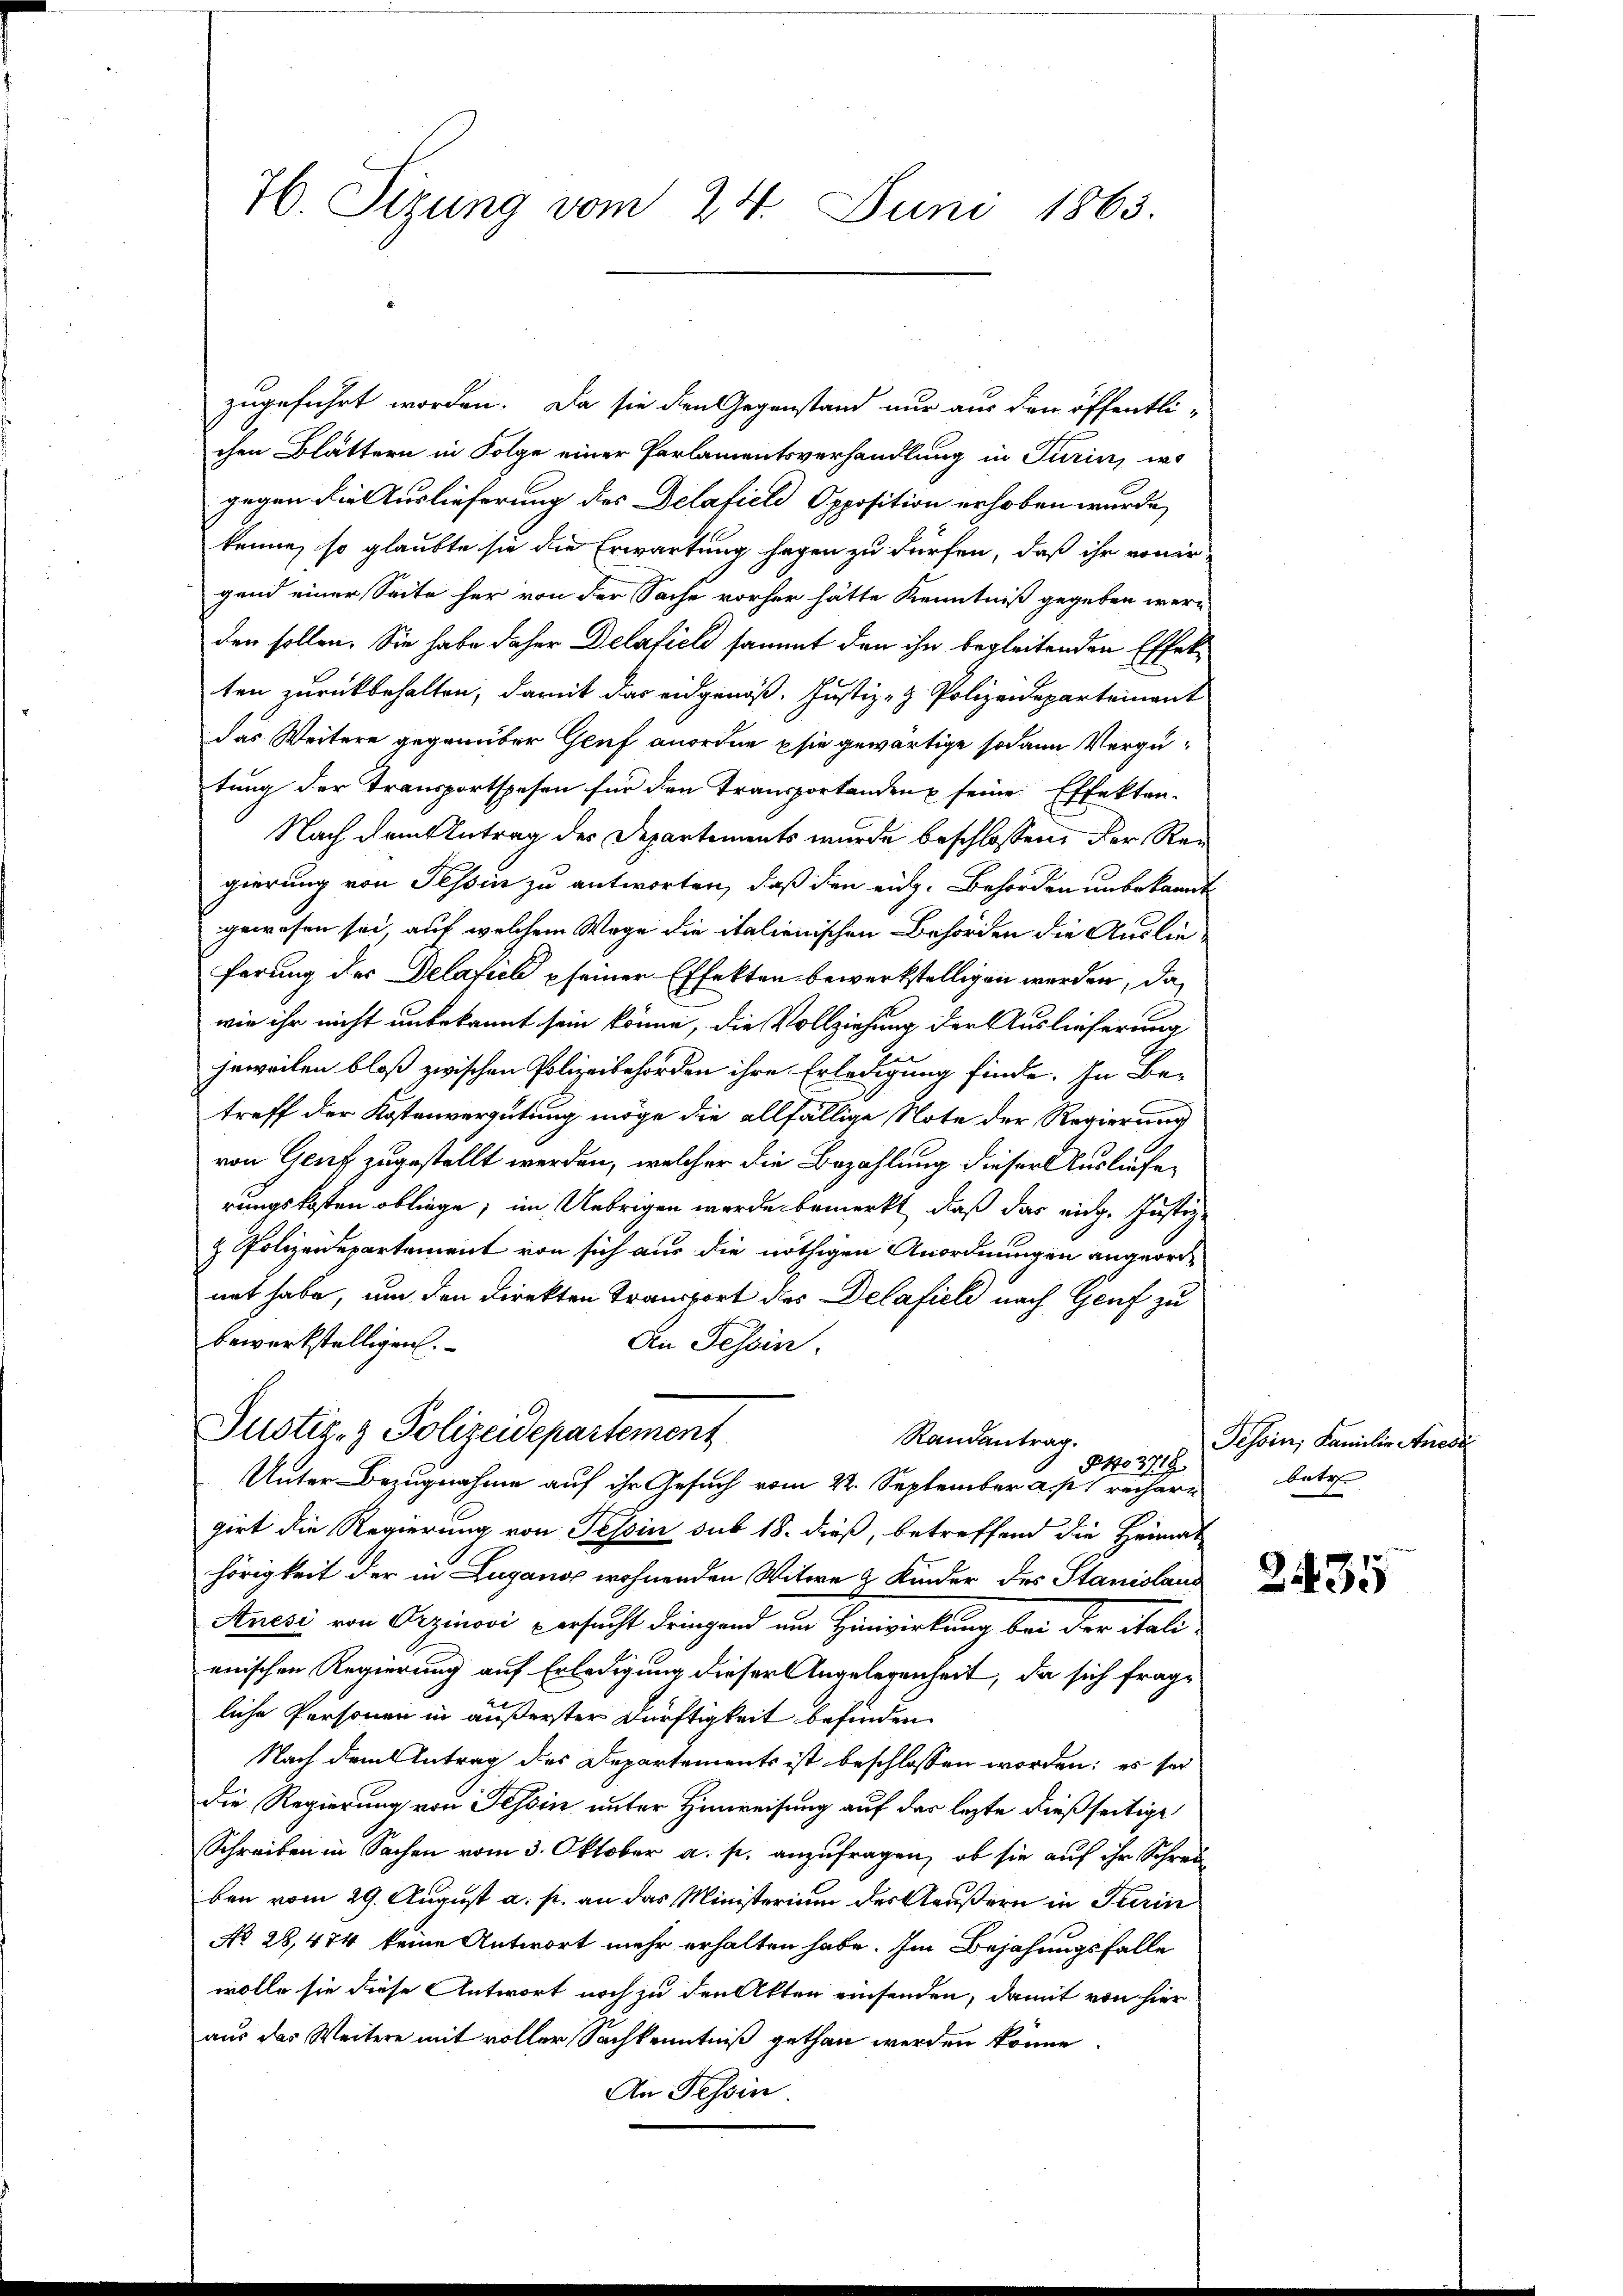
76. Sizung vom 24. Juni 1863.

zugeführt worden. Da sie den Gegenstand nur aus den öffentli-
chen Blättern in Folge einer Parlamentsverhandlung in Turin, wo
gegen die Auslieferung des Delafield Opposition erhoben wurde,
kenne, so glaubte sie die Erwartung sagen zu dürfen, daß ihr von ir
gend einer Seite her von der Sache vorher hätte Kenntniß gegeben werden sollen. Sie habe daher Delafiel sammt den ihn begleitenden Effekten zurückbehalten, damit das eidgenöß. Justiz- & Polizeidepartement
das Weitere gegenüber Glief anordne psie gewärtige sodann Vergütung der Transportspesen für den Transportanden seine Effekten-
Nach dem Antrag des Departements wurde beschlossen, der Regierung von Tessin zu antworten, daß den eidg. Behörden unbekannt
gewesen sei auf welchem Wage die italienischen Behörden die Auslieferung der Delatiel seiner Effekten bewerkstelligen werden, da
wie ihr nicht unbekannt sein könne, die Vollziehung der Auslieferung
jeweilen bloß zwischen Polizeibehörden ihre Erledigung finde. In Be-
treff der Kostenvergütung möge die allfällige Note der Regierung
von Genf zugestellt werden, welcher die Bezahlung dieser Auslieferungskosten obliege, im Uebrigen werde bemerkt, daß das rich. Justiz-
& Polizenepartement von sich aus die nöthigen Anordnungen angeordnet habe, um den Direkten Transport des Delafieli nach Genf zu
bewerkstelligen.
In Tessin.
Justiz- & Polizeidepartement
Randantrag.
PNo 371.
Unter Bezugnahme auf ihr Gesuch vom 22. September a. p. rechere
girt die Regierung von Tessin sub 18. dieß, betreffend die Heimat
hörigkeit der in Lugano wohnenden Witwe & Kinder des Stanislaus
Auesi von Orzinovi versucht dringend um Hinwirkung bei der itali-
enischen Regierung auf Erledigung dieser Angelegenheit, da sich frag¬
4
liche Personen in äußerster Dürftigkeit befinden.
Nach dem Antrag des Departements ist beschlossen worden; es sei
die Regierung von Tessin unter Hinweisung auf der lezte dießseitige
Schreiben in Sachen vom 3. Oktober a. p. anzufragen, ob sie auf ihr Schrei
ben vom 29. August a. p. an das Ministerium der Aeußern in Perin
No 28,474 keine Antwort mehr erhalten habe. Im Bejahungsfalle
wolle sie diese Antwort noch zu den Akten einsenden, damit von hier
aus des Weitere mit voller Sachkenntniß gethan werden könne.
An Tessin

Tessin, Familie Anedi
betr.

2435